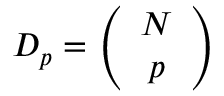
D _ { p } = \left( \begin{array} { c } { { N } } \\ { { p } } \end{array} \right)